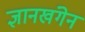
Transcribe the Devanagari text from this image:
ज्ञानखंगेन